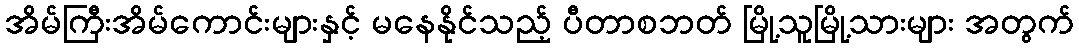
အိမ်ကြီးအိမ်ကောင်းများနှင့် မနေနိုင်သည့် ပီတာစဘတ် မြို့သူမြို့သားများ အတွက်